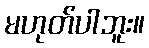
မဟုတ်ပါဘူး။